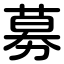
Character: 募